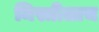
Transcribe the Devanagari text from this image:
मिस्त्रीलाच